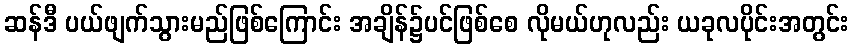
ဆန်ဒီ ပယ်ဖျက်သွားမည်ဖြစ်ကြောင်း အချိန်၌ပင်ဖြစ်စေ လိုမယ်ဟုလည်း ယခုလပိုင်းအတွင်း